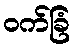
ဝက်ခြံ